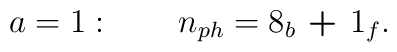
a=1: \qquad n_{ph}=\hbox{{\bf $8_b$ + $1_f$}}.